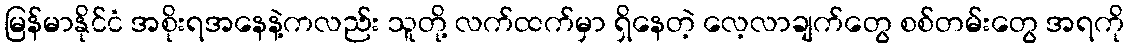
မြန်မာနိုင်ငံ အစိုးရအနေနဲ့ကလည်း သူတို့ လက်ထက်မှာ ရှိနေတဲ့ လေ့လာချက်တွေ စစ်တမ်းတွေ အရကို